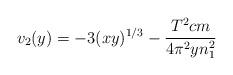
LaTeX: \begin{align*}v_2(y) = -3(xy)^{{1}/{3}} - \frac{T^2 c m}{4 \pi^2 y n_1^2}\end{align*}